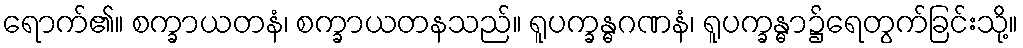
ရောက်၏။ စက္ခာယတနံ၊ စက္ခာယတနသည်။ ရူပက္ခန္ဓဂဏနံ၊ ရူပက္ခန္ဓာ၌ရေတွက်ခြင်းသို့။